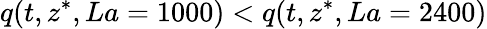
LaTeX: q(t,z^{*},La=1000)<q(t,z^{*},La=2400)